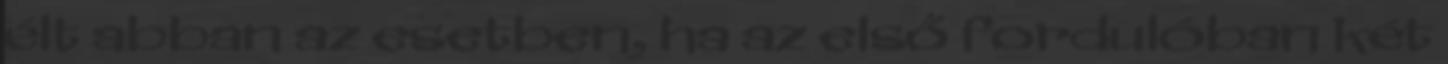
élt abban az esetben, ha az első fordulóban két